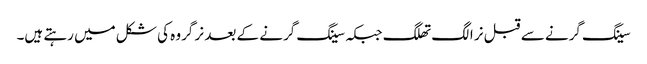
سینگ گرنے سے قبل نر الگ تھلگ جبکہ سینگ گرنے کے بعد نر گروہ کی شکل میں رہتے ہیں۔